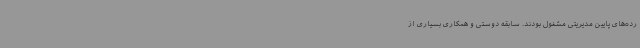
رده‌های پایین مدیریتی مشغول بودند. سابقه دوستی و همکاری بسیاری از